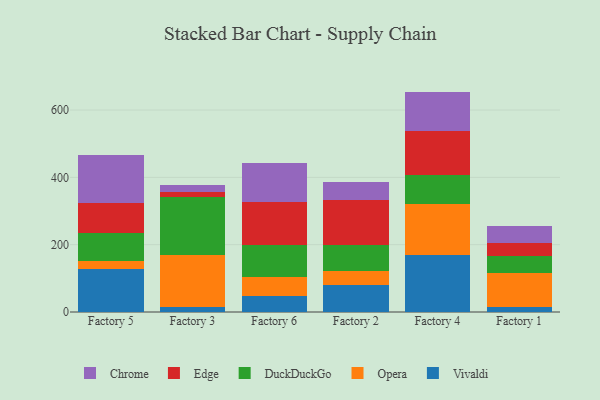
{"axis": {"x": "Factory", "y": "Revenue (USD Million)"}, "legend": ["Chrome", "DuckDuckGo", "Edge", "Opera", "Vivaldi"], "data": [{"x": "Factory 5", "y": 128.3, "type": "Vivaldi"}, {"x": "Factory 5", "y": 22.1, "type": "Opera"}, {"x": "Factory 5", "y": 83.0, "type": "DuckDuckGo"}, {"x": "Factory 5", "y": 90.7, "type": "Edge"}, {"x": "Factory 5", "y": 142.8, "type": "Chrome"}, {"x": "Factory 3", "y": 14.5, "type": "Vivaldi"}, {"x": "Factory 3", "y": 155.9, "type": "Opera"}, {"x": "Factory 3", "y": 172.1, "type": "DuckDuckGo"}, {"x": "Factory 3", "y": 15.1, "type": "Edge"}, {"x": "Factory 3", "y": 20.1, "type": "Chrome"}, {"x": "Factory 6", "y": 48.0, "type": "Vivaldi"}, {"x": "Factory 6", "y": 54.9, "type": "Opera"}, {"x": "Factory 6", "y": 95.6, "type": "DuckDuckGo"}, {"x": "Factory 6", "y": 128.0, "type": "Edge"}, {"x": "Factory 6", "y": 115.3, "type": "Chrome"}, {"x": "Factory 2", "y": 81.7, "type": "Vivaldi"}, {"x": "Factory 2", "y": 40.6, "type": "Opera"}, {"x": "Factory 2", "y": 77.7, "type": "DuckDuckGo"}, {"x": "Factory 2", "y": 132.0, "type": "Edge"}, {"x": "Factory 2", "y": 54.0, "type": "Chrome"}, {"x": "Factory 4", "y": 170.1, "type": "Vivaldi"}, {"x": "Factory 4", "y": 149.6, "type": "Opera"}, {"x": "Factory 4", "y": 87.1, "type": "DuckDuckGo"}, {"x": "Factory 4", "y": 130.5, "type": "Edge"}, {"x": "Factory 4", "y": 117.5, "type": "Chrome"}, {"x": "Factory 1", "y": 14.1, "type": "Vivaldi"}, {"x": "Factory 1", "y": 101.2, "type": "Opera"}, {"x": "Factory 1", "y": 50.7, "type": "DuckDuckGo"}, {"x": "Factory 1", "y": 38.2, "type": "Edge"}, {"x": "Factory 1", "y": 50.4, "type": "Chrome"}]}